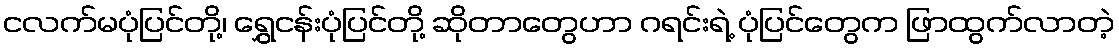
ငလက်မပုံပြင်တို့၊ ရွှေငန်းပုံပြင်တို့ ဆိုတာတွေဟာ ဂရင်းရဲ့ ပုံပြင်တွေက ဖြာထွက်လာတဲ့